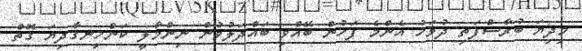
މިދިޔަ ބުރާސްފަތި ދުވަހު އެންމެ ފަހުން ބޭއްވި ބައްދަލުވުން ނިންމާލީ ކަންހިނގާދިޔަ ގޮތް